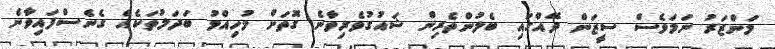
މަންޒަރު ނަމަވެސް ސީޒަން ދޭއްގައި ބެލުންތެރިން ޝައުގުވެރިވާނެ ގޮތަށް މުހިއްމު ބަދަލުތަކެއް ގެނެސްފައިވާނެ